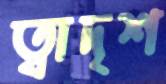
ত্বাদৃশ